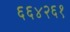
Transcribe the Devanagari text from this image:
६६४२६१